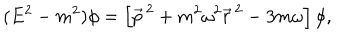
( E ^ { 2 } - m ^ { 2 } ) \phi = \left[ \vec { p } ^ { \, 2 } + m ^ { 2 } \omega ^ { 2 } \vec { r } ^ { \, 2 } - 3 m \omega \right] \phi ,